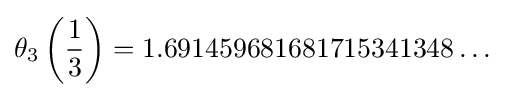
\theta _{3}\left({\frac {1}{3}}\right)=1.691459681681715341348\ldots